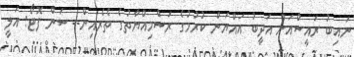
ނައިބު ރައީސްއަށް އަދީބު އައްޔަން ކުރުމުގެ ރަސްމިއްޔާތުގެ ތެރެއިން-- ސަން ފޮޓޯ: އަލީ